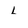
Character: l